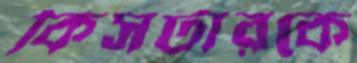
কিসটারকে